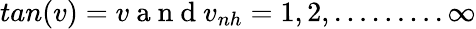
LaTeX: tan(v)=v\mathrm{~a~n~d~}v_{nh}=1,2,\dots\dots\dots\infty